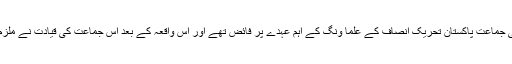
مفتی عبدالقوی حزب مخالف کی جماعت پاکستان تحریک انصاف کے علما ونگ کے اہم عہدے پر فائض تھے اور اس واقعہ کے بعد اس جماعت کی قیادت نے ملزم سے لاتعلقی کا اظہار کیا تھا۔